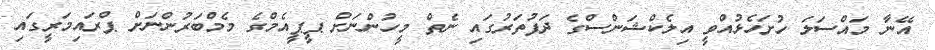
އޭނާ މައްސަލަ ހުށަހެޅުއްވީ އިލެކްޝަންސްގެ ދަފުތަރުގައި ނެތް މީހުންނަށް ޕީޕީއެމްގެ މެމްބަރުންނަށް ޕްރައިމަރީގައި